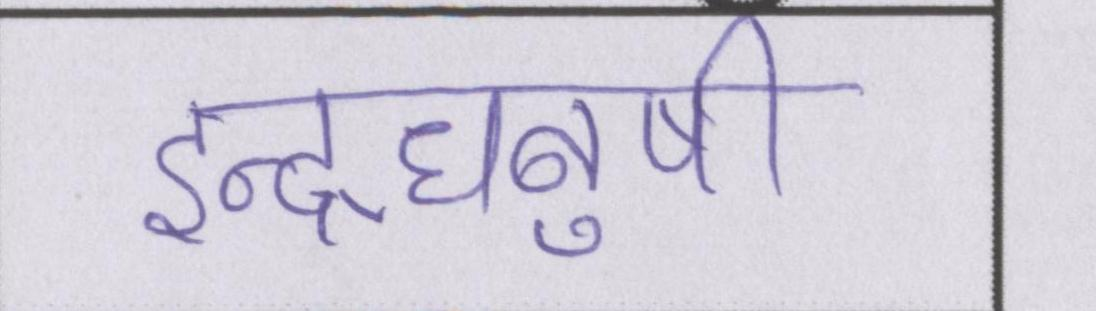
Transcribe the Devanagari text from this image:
इन्द्रधनुषी